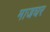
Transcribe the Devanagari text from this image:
माजघर